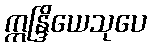
ဣန္ဒြိယေသုပေ